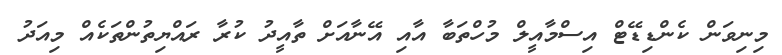
މިނިވަން ކެންޑިޑޭޓް އިސްމާއީލް މުހްތަބާ އާއި އޭނާއަށް ތާއީދު ކުރާ ރައްޔިތުންތަކެއް މިއަދު